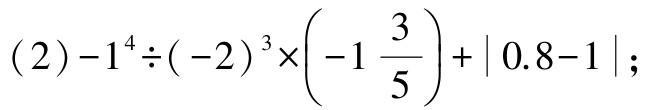
\((2)-1^{4}\div(-2)^{3}\times\left(-1\dfrac{3}{5}\right)+\vert0.8 - 1\vert\)